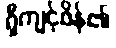
ရှီကျင့်ဖိန်၏